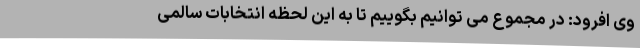
وی افرود: در مجموع می توانیم بگوییم تا به این لحظه انتخابات سالمی